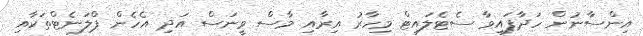
އިންސާނުން ހަދާފައިވާ ސެޓެލައިޓް މިހާރު އިރާއި މާސް ވީނަސް އަދި އެހެން ޕްލަނެޓްތަކާއި